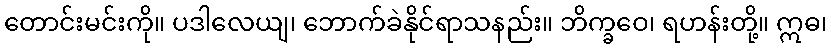
တောင်းမင်းကို။ ပဒါလေယျ၊ ဘောက်ခဲနိုင်ရာသနည်း။ ဘိက္ခဝေ၊ ရဟန်းတို့။ ဣဓ၊